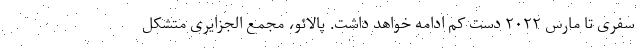
سفری تا مارس ۲۰۲۲ دست کم ادامه خواهد داشت. پالائو، مجمع الجزایری متشکل